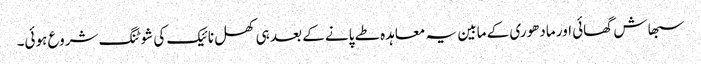
سبھاش گھائی اور مادھوری کے مابین یہ معاہدہ طے پانے کے بعد ہی کھل نائیک کی شوٹنگ شروع ہوئی۔